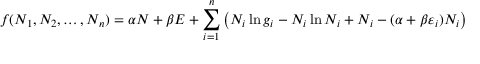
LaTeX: f ( N _ { 1 } , N _ { 2 } , \ldots , N _ { n } ) = \alpha N + \beta E + \sum _ { i = 1 } ^ { n } \left( N _ { i } \ln g _ { i } - N _ { i } \ln N _ { i } + N _ { i } - ( \alpha + \beta \varepsilon _ { i } ) N _ { i } \right)